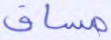
مساق